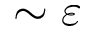
\sim \varepsilon